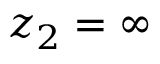
z _ { 2 } = \infty